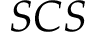
S C S